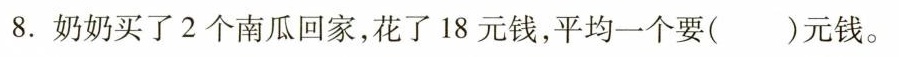
8.奶奶买了2个南瓜回家，花了18元钱，平均一个要()元钱。